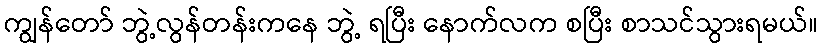
ကျွန်တော် ဘွဲ့လွန်တန်းကနေ ဘွဲ့ ရပြီး နောက်လက စပြီး စာသင်သွားရမယ်။